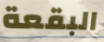
البقعة